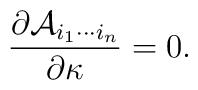
{\partial {\cal A}_{i_1\cdots i_n}\over \partial \kappa}=0.